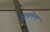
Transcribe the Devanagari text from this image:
भुललेला